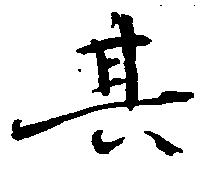
其